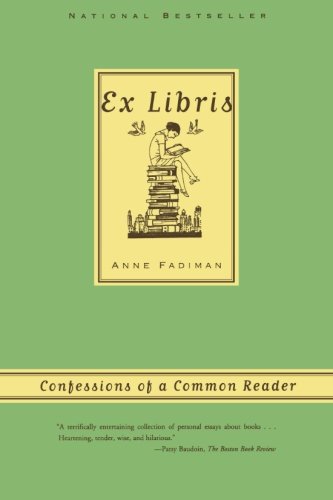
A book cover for Ex Libris: Confessions of a Common Reader; Anne Fadiman; Literature & Fiction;